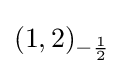
(1,2)_{-{\frac {1}{2}}}